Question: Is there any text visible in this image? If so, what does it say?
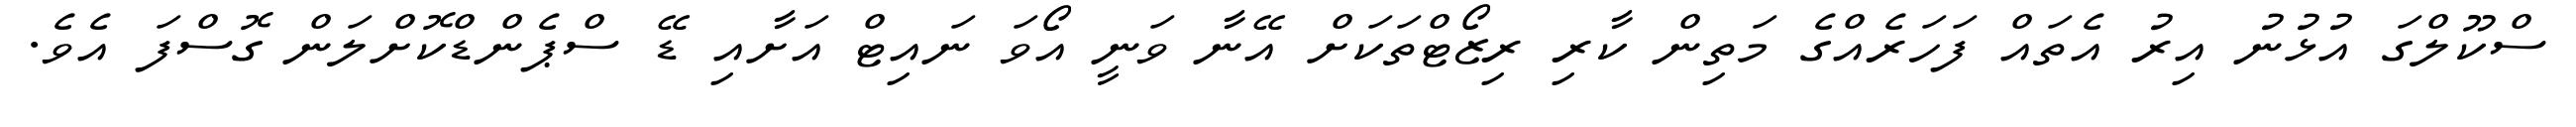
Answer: ސްކޫލްގަ އުޅުނު އިރު އެތައް ފަހަރެއްގެ މަތިން ކާރި ރިޒޯޓްތަކަށް އޭނާ ވަނީ އޯވަ ނައިޓް އަށާއި ޑޭ ސްޕެންޑްކޮށްލަން ގޮސްފަ އެވެ.